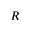
R